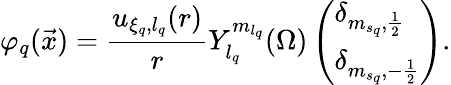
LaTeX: {\varphi}_{q}(\vec{x})=\frac{{u}_{{\xi}_{q},{l}_{q}}(r)}{r}{{Y}}_{{l}_{q}}^{{m}_{{l}_{q}}}(\Omega)\left(\begin{array}{l}{{\delta}_{{m}_{{s}_{q}},\frac{1}{2}}}\\ {{\delta}_{{m}_{{s}_{q}},-\frac{1}{2}}}\end{array}\right).